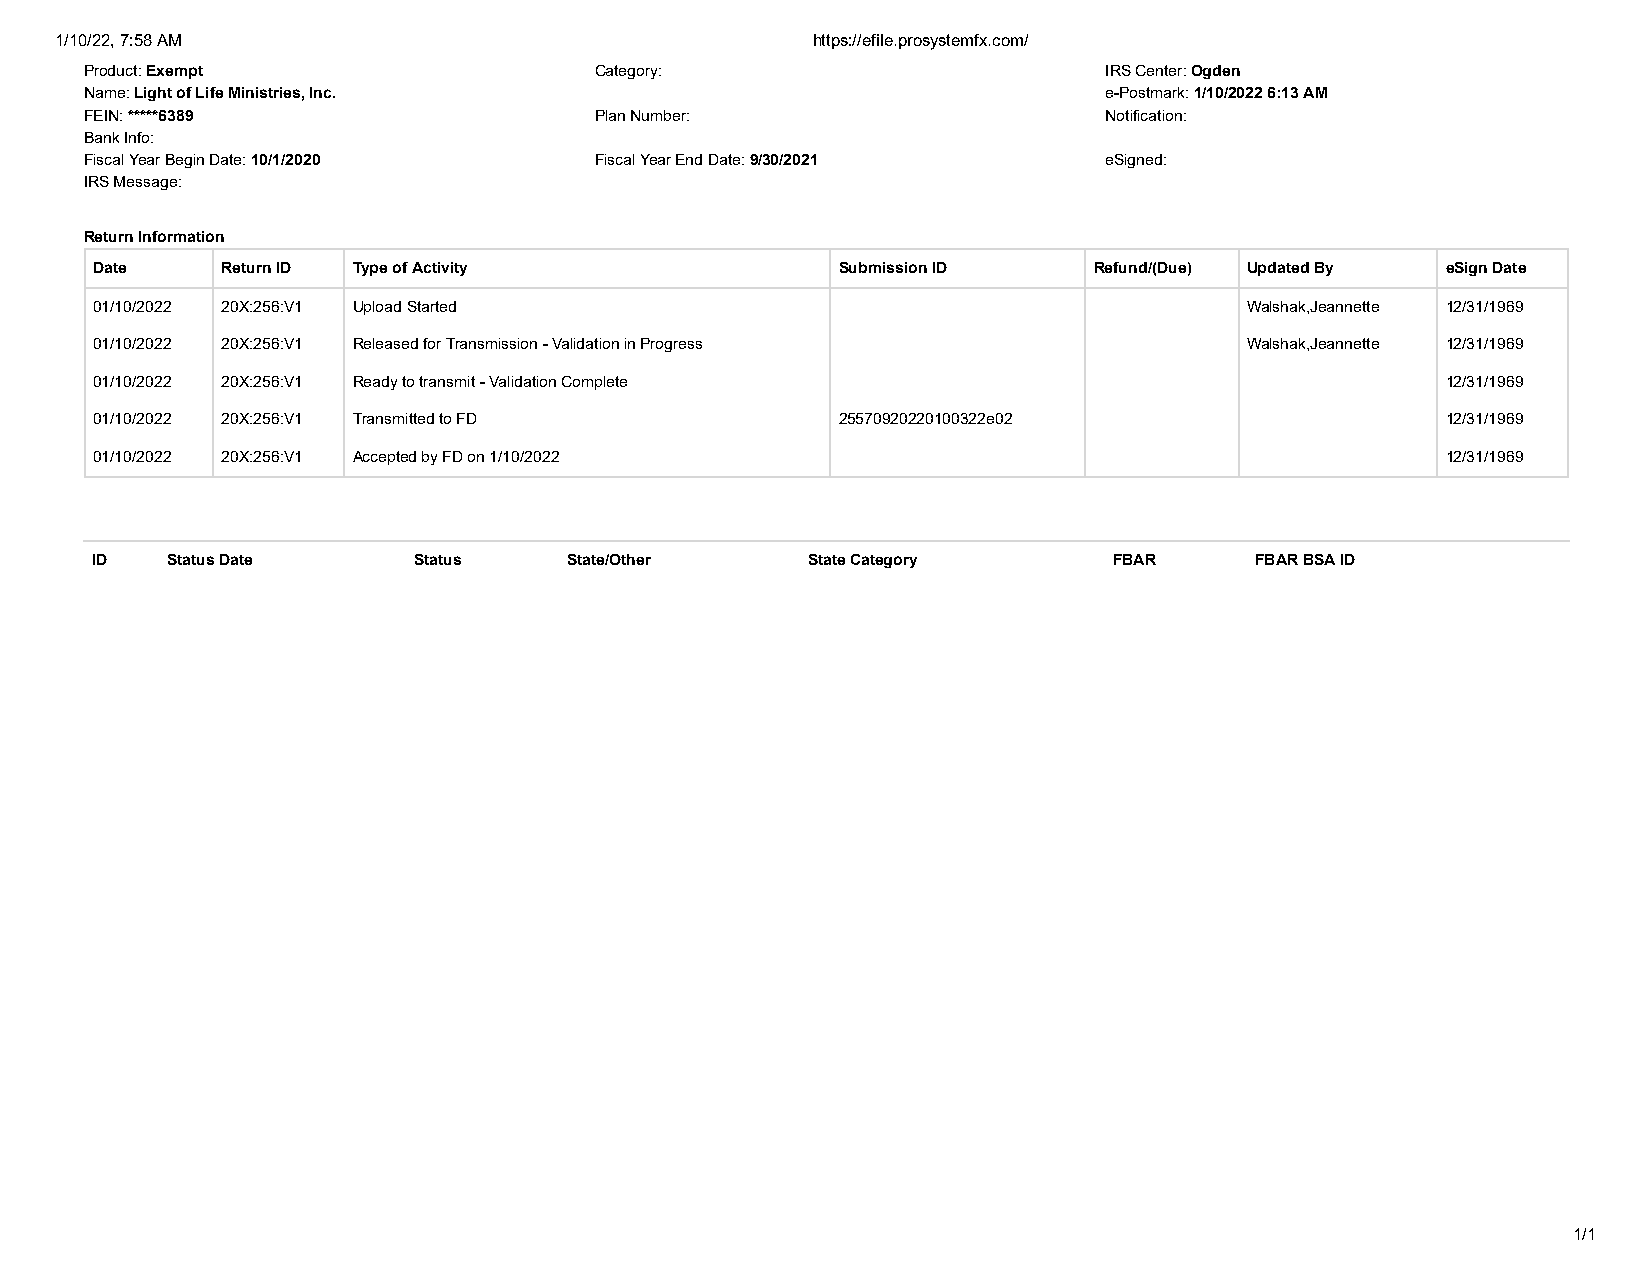
1/10/22, 7:58 AM                                  https://efile.prosystemfx.com/
 Product: Exempt                  Category:                         IRS Center: Ogden
 Name: Light of Life Ministries, Inc.                               e-Postmark: 1/10/2022 6:13 AM
 FEIN: *****6389                  Plan Number:                      Notification:
 Bank Info:
 Fiscal Year Begin Date: 10/1/2020 Fiscal Year End Date: 9/30/2021  eSigned:
 IRS Message:
 Return Information
 Date     Return ID Type of Activity               Submission ID   Refund/(Due) Updated By eSign Date
 01/10/2022 20X:256:V1 Upload Started                                         Walshak,Jeannette 12/31/1969
 01/10/2022 20X:256:V1 Released for Transmission - Validation in Progress     Walshak,Jeannette 12/31/1969
 01/10/2022 20X:256:V1 Ready to transmit - Validation Complete                             12/31/1969
 01/10/2022 20X:256:V1 Transmitted to FD           25570920220100322e02                    12/31/1969
 01/10/2022 20X:256:V1 Accepted by FD on 1/10/2022                                         12/31/1969
 ID   Status Date     Status     State/Other    State Category       FBAR     FBAR BSA ID
 1/1